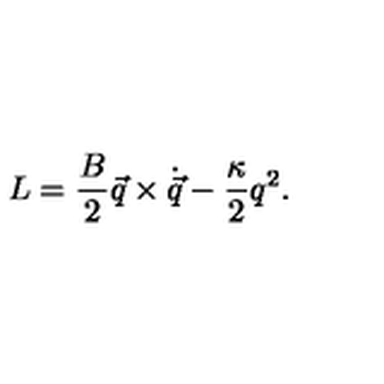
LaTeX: { L } = { \frac { B } { 2 } } \vec { q } \times \dot { \vec { q } } - { \frac { \kappa } { 2 } } q ^ { 2 } .